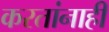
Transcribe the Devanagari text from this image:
करतांनाही